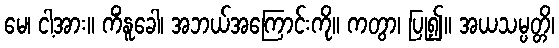
မေ၊ ငါ့အား။ ကိံနူခေါ၊ အဘယ်အကြောင်းကို။ ကတွာ၊ ပြု၍။ အယသမ္ပတ္တိ၊